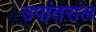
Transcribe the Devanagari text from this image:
उपांतराल